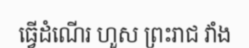
ធ្វើដំណើរ ហួស ព្រះរាជ វាំង